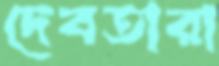
দেবতারা